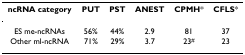
| ncRNA category | PUT | PST | ANEST | CPMH* | CFLS* |
 | --- | --- | --- | --- | --- | --- |
 | ES me-ncRNAs | 56% | 44% | 2.9 | 81 | 37 |
 | Other ml-ncRNA | 71% | 29% | 3.7 | 23# | 23 |